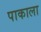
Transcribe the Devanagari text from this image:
पाकाला